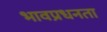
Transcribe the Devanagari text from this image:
भावप्रधनता